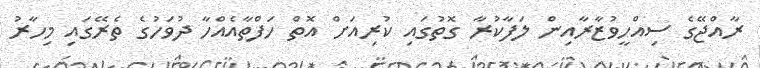
ރާއްޖޭގެ ސިއްހީވުޒާރާއިން ލަފާކުރާ ގޮތުގައި ކުރިއަށް އޮތް ހަފްތާއެއްހާ ދުވަހުގެ ތެރޭގައި މިހާރު